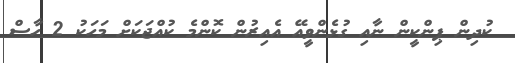
ކުދިން ޕިންކީން ނާއި ގުޅެންވީއޭ އެއިރުން ކޮންމެ ކުއްޖަކަށް މަހަކު 2 ހާސް